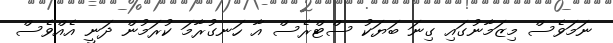
ނަމަވެސް މިޒަމާނުގައި ގިނަ ބަޔަކު ސްޓްރެސް އާ ހަނގުރާމަ ކުރަމުން ދަނީ އެއްވެސް